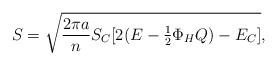
LaTeX: \begin{align*}S=\sqrt{{{2\pi a}\over n}S_C[2(E-\textstyle{1\over 2}\Phi_HQ)-E_C]},\end{align*}